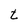
Character: t